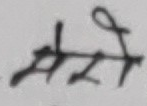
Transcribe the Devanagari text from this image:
मेरो